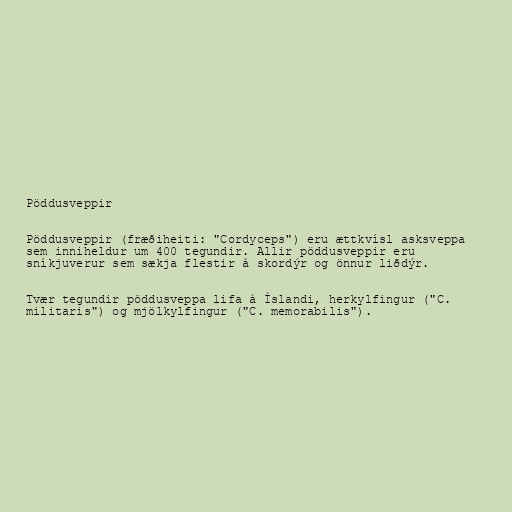
Pöddusveppir

Pöddusveppir (fræðiheiti: "Cordyceps") eru ættkvísl asksveppa
sem inniheldur um 400 tegundir. Allir pöddusveppir eru
sníkjuverur sem sækja flestir á skordýr og önnur liðdýr.

Tvær tegundir pöddusveppa lifa á Íslandi, herkylfingur ("C.
militaris") og mjölkylfingur ("C. memorabilis").